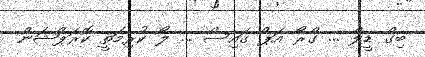
ބިގް ޑީލް ... ގްރޯ އަޕް ގައިސް ... ލޯ ކުރިމަތީ ކޮރަޕްޝަން